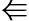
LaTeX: \Lleftarrow